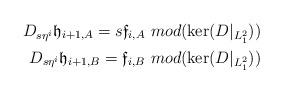
LaTeX: \begin{align*}D_{s\eta^i}\mathfrak{h}_{i+1,A}=s\mathfrak{f}_{i,A}\mbox{ }mod(\ker(D|_{L^2_1}))\\D_{s\eta^i}\mathfrak{h}_{i+1,B}=\mathfrak{f}_{i,B}\mbox{ }mod(\ker(D|_{L^2_1}))\end{align*}